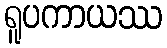
ရူပကာယဿ